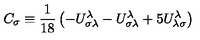
C _ { \sigma } \equiv \frac { 1 } { 1 8 } \left( - U _ { \sigma \lambda } ^ { \lambda } - U _ { \sigma \lambda } ^ { \lambda } + 5 U _ { \lambda \sigma } ^ { \lambda } \right)